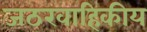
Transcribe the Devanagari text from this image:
जठरवाहिकीय